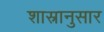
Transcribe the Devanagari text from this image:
शास्रानुसार